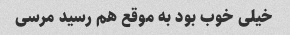
خیلی خوب بود به موقع هم رسید مرسی